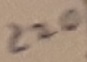
Text: 220